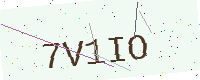
Text: 7V1IO